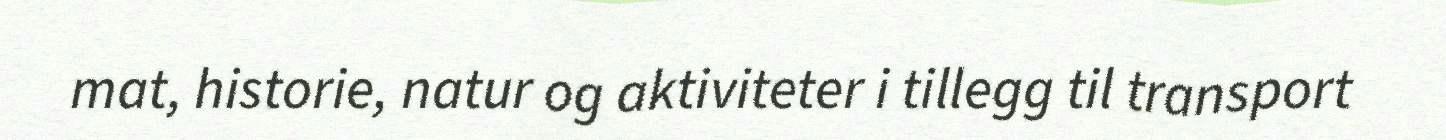
mat, historie, natur og aktiviteter i tillegg til transport